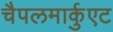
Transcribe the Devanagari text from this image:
चैपलमार्कुएट